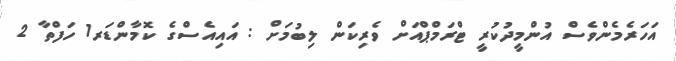
އަހަރެމެންވެސް އުންމީދުކުރީ ޓްރަމްޕްއަށް ވެރިކަން ލިބުމަށް : އައިއެސްގެ ކޮމާންޑަރ1 ހަފްތާ 2